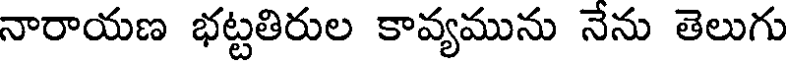
నారాయణ భట్టతిరుల కావ్యమును నేను తెలుగు